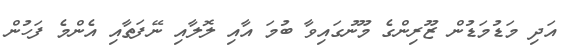
އަދި މަޑުމަޑުން ޒޫރިންގެ މޫނުގައިވާ ބުމަ އާއި ލޮލާއި ނޭފަތާއި އެންމެ ފަހުން